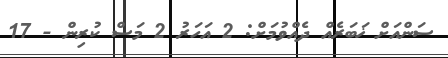
ސަންއަށް ޚަބަރެއް ދެއްވުމަށް: 2 އަހަރު 2 މަސް ކުރިން - 17